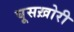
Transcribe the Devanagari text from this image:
घूसख़ोरी